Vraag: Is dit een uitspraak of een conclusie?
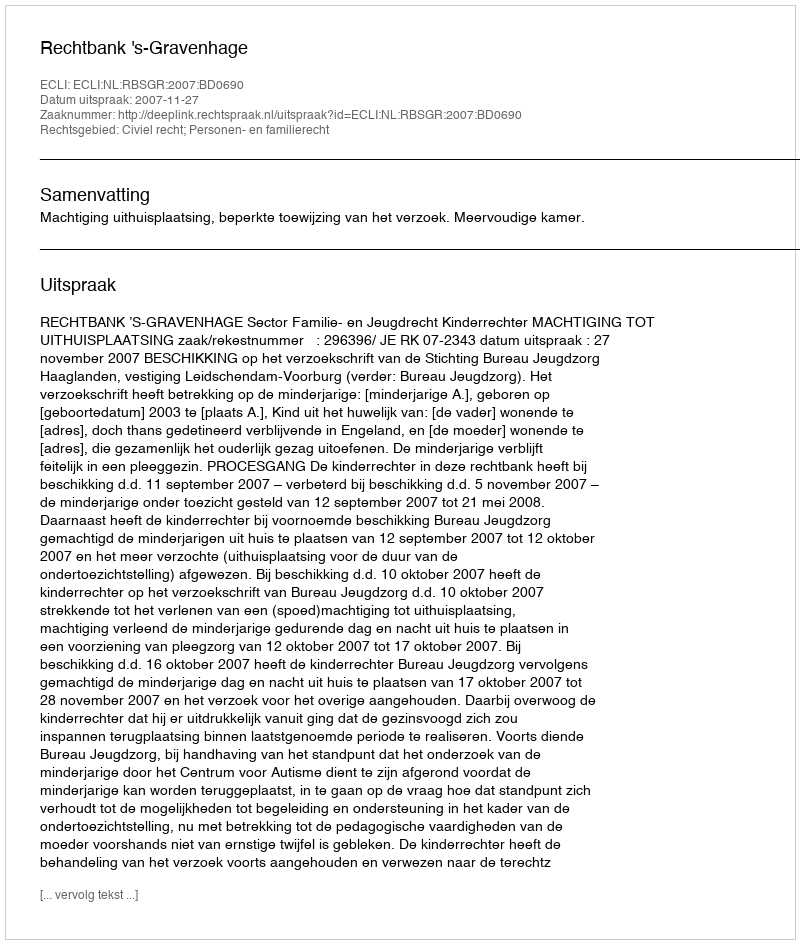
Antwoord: Uitspraak